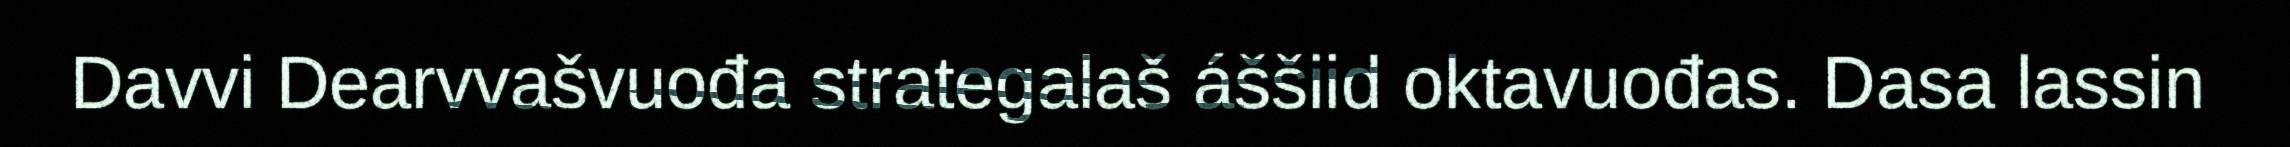
Davvi Dearvvašvuođa strategalaš áššiid oktavuođas. Dasa lassin